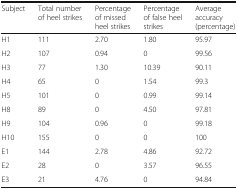
<table><thead><tr><td><b>Subject</b></td><td><b>Total number of heel strikes</b></td><td><b>Percentage of missed heel strikes</b></td><td><b>Percentage of false heel strikes</b></td><td><b>Average accuracy (percentage)</b></td></tr></thead><tbody><tr><td>H1</td><td>111</td><td>2.70</td><td>1.80</td><td>95.97</td></tr><tr><td>H2</td><td>107</td><td>0.94</td><td>0</td><td>99.56</td></tr><tr><td>H3</td><td>77</td><td>1.30</td><td>10.39</td><td>90.11</td></tr><tr><td>H4</td><td>65</td><td>0</td><td>1.54</td><td>99.3</td></tr><tr><td>H5</td><td>101</td><td>0</td><td>0.99</td><td>99.14</td></tr><tr><td>H8</td><td>89</td><td>0</td><td>4.50</td><td>97.81</td></tr><tr><td>H9</td><td>104</td><td>0.96</td><td>0</td><td>99.18</td></tr><tr><td>H10</td><td>155</td><td>0</td><td>0</td><td>100</td></tr><tr><td>E1</td><td>144</td><td>2.78</td><td>4.86</td><td>92.72</td></tr><tr><td>E2</td><td>28</td><td>0</td><td>3.57</td><td>96.55</td></tr><tr><td>E3</td><td>21</td><td>4.76</td><td>0</td><td>94.84</td></tr></tbody></table>